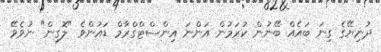
ދުނިޔޭގެ ގިނަ ބައެއް ބޭނުން ކުރަމުން އަންނަ އިންސްޓްގްރާމް ޑައުންވެ "ލޮގިން" ނުވެވޭ